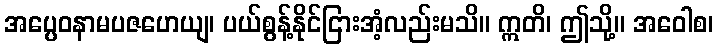
အပ္ပေဝနာမပဇဟေယျ၊ ပယ်စွန့်နိုင်ငြားအံ့လည်းမသိ။ ဣတိ၊ ဤသို့။ အဝေါစ၊